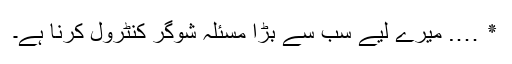
٭ …. میرے لیے سب سے بڑا مسئلہ شوگر کنٹرول کرنا ہے۔